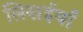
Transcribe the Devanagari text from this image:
लिखईयाँ